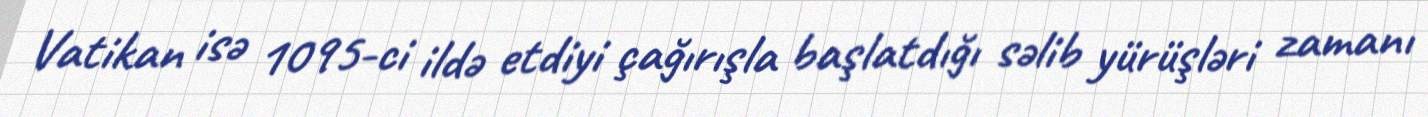
Vatikan isə 1095-ci ildə etdiyi çağırışla başlatdığı səlib yürüşləri zamanı